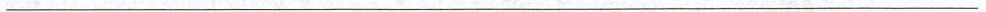
___